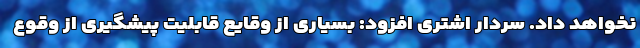
نخواهد داد. سردار اشتری افزود: بسیاری از وقایع قابلیت پیشگیری از وقوع